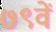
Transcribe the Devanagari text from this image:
७९वें